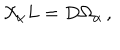
{ \cal X } _ { \alpha } L = D \Omega _ { \alpha } \, ,